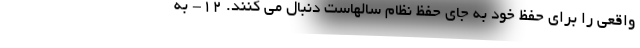
واقعی را برای حفظ خود به جای حفظ نظام سالهاست دنبال می کنند. 12- به